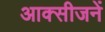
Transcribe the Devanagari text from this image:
आक्सीजनें